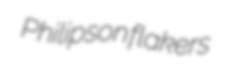
Philipson flakers